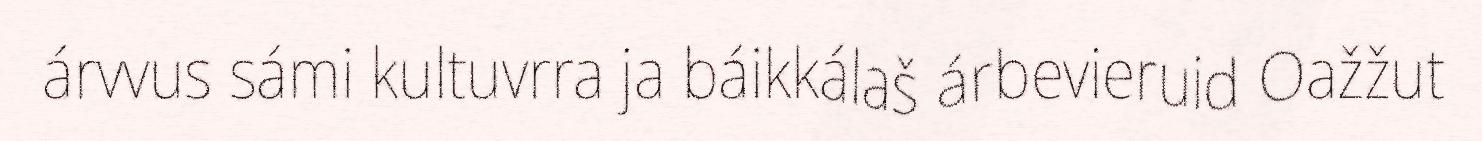
árvvus sámi kultuvrra ja báikkálaš árbevieruid Oažžut